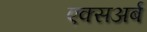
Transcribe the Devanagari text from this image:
एक्सअर्ब